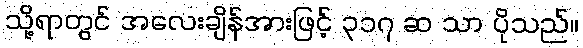
သို့ရာတွင် အလေးချိန်အားဖြင့် ၃၁၇ ဆ သာ ပိုသည်။